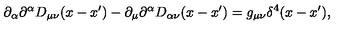
\partial _ { \alpha } \partial ^ { \alpha } D _ { \mu \nu } ( x - x ^ { \prime } ) - \partial _ { \mu } \partial ^ { \alpha } D _ { \alpha \nu } ( x - x ^ { \prime } ) = g _ { \mu \nu } \delta ^ { 4 } ( x - x ^ { \prime } ) ,